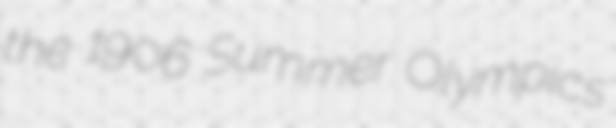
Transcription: the 1906 Summer Olympics